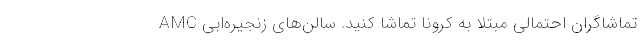
تماشاگران احتمالی مبتلا به کرونا تماشا کنید. سالن‌های زنجیره‌ابی AMC